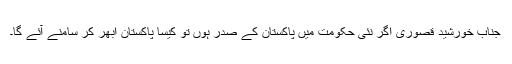
جناب خورشید قصوری اگر نئی حکومت میں پاکستان کے صدر ہوں تو کیسا پاکستان ابھر کر سامنے آئے گا۔